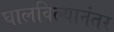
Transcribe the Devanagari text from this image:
घालविल्यानंतर